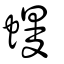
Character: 蟃